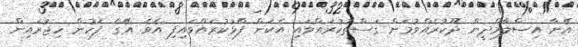
އޭނާ އިސްލާމްދީން ދޫކުރެއްވުމަށް ގަސްތުކުރައްވައި އެކަން ފާޅުކުރައްވައިފި އެވެ. އޭގެ ފަހުން ހިޖުރައިން